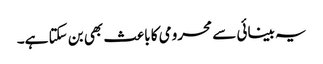
یہ بینائی سے محرومی کا باعث بھی بن سکتا ہے۔